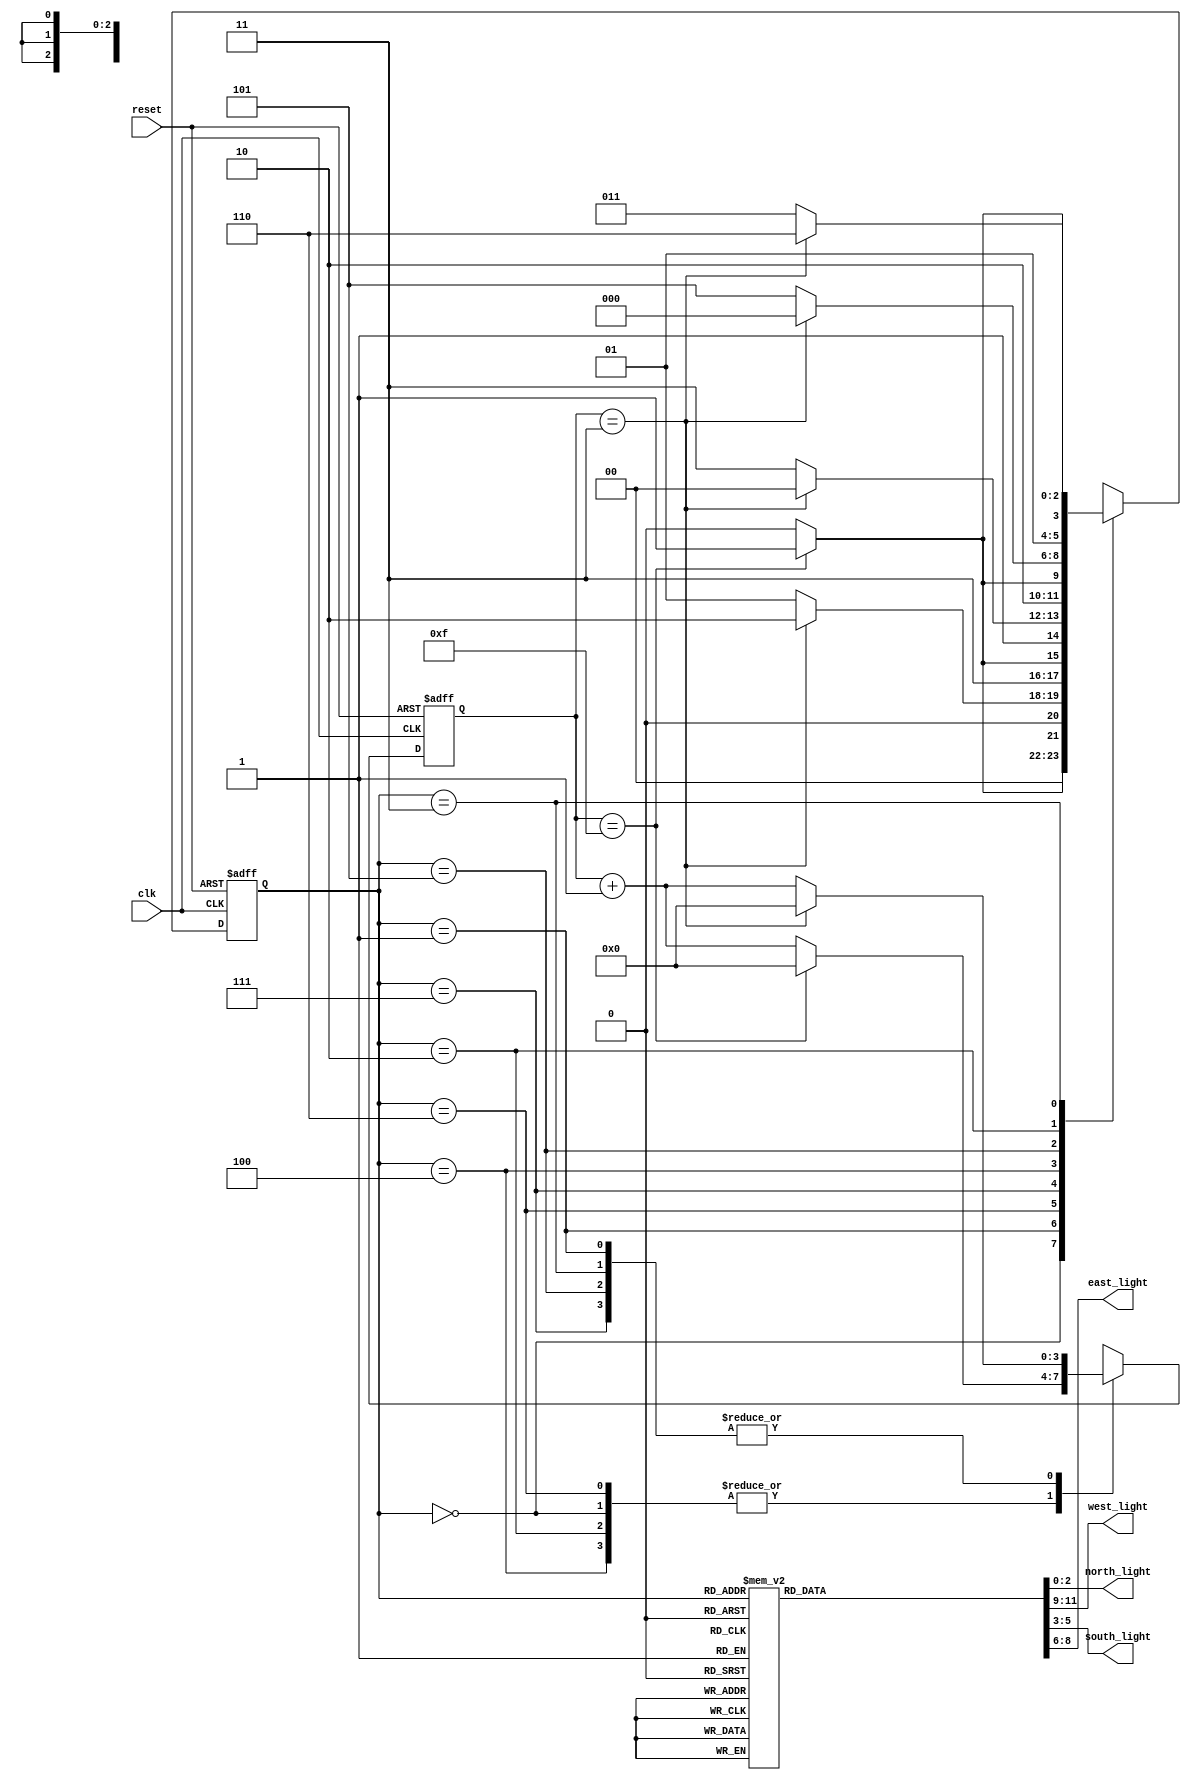
module Traffic_sys(north_light,west_light,south_light,east_light,clk,reset);

   output reg [2:0] north_light,west_light,south_light,east_light; 
   input      clk;
   input      reset;
 
   reg [2:0] state;
 
   parameter [2:0] north=3'b000, north_yellow=3'b001, west=3'b010, west_yellow=3'b011, 
   east=3'b100, east_yellow=3'b101, south=3'b110, south_yellow=3'b111;

   reg [3:0] count;
 
   always @(posedge clk, posedge reset)
     begin
        if (reset)
            begin
                state=north;
                count =3'b0000;
            end
        else
            begin
                case (state)
                north :
                    begin
                        if (count==4'b1111)
                            begin
                            count=4'b0000;
                            state=north_yellow;
                            end
                        else
                            begin
                            count=count+4'b0001;
                            state=north;
                            end
                    end

                north_yellow :
                    begin
                        if (count==4'b0011)
                            begin
                            count=4'b0000;
                            state=west;
                            end
                        else
                            begin
                            count=count+4'b0001;
                            state=north_yellow;
                        end
                    end

               south :
                    begin
                        if (count==4'b1111)
                            begin
                            count=4'b0000;
                            state=south_yellow;
                            end
                        else
                            begin
                            count=count+4'b0001;
                            state=south;
                        end
                    end

            south_yellow :
                begin
                    if (count==4'b0011)
                        begin
                        count=4'b0000;
                        state=east;
                        end
                    else
                        begin
                        count=count+4'b0001;
                        state=south_yellow;
                        end
                    end

            east :
                begin
                    if (count==4'b1111)
                        begin
                        count=4'b0000;
                        state=east_yellow;
                        end
                    else
                        begin
                        count=count+4'b0001;
                        state=east;
                        end
                    end

            east_yellow :
                begin
                    if (count==4'b0011)
                        begin
                        count=4'b0000;
                        state=north;
                        end
                    else
                        begin
                        count=count+4'b0001;
                        state=east_yellow;
                        end
                    end

            west :
                begin
                    if (count==4'b1111)
                        begin
                        state=west_yellow;
                        count=4'b0000;
                        end
                    else
                        begin
                        count=count+4'b0001;
                        state=west;
                        end
                    end

            west_yellow :
                begin
                    if (count==4'b0011)
                        begin
                        state=south;
                        count=3'b0000;
                        end
                    else
                        begin
                        count=count+4'b0001;
                        state=west_yellow;
                        end
                    end
            endcase // case (state)
        end // always @ (state)
    end 


always @(state)
     begin
         case (state)
            north:
                begin
                    north_light = 3'b001;
                    south_light = 3'b100;
                    east_light = 3'b100;
                    west_light = 3'b100;
                end 

            north_yellow :
                begin
                    north_light = 3'b010;
                    south_light = 3'b100;
                    east_light = 3'b100;
                    west_light = 3'b100;
                end 

            south :
                begin
                    north_light = 3'b100;
                    south_light = 3'b001;
                    east_light = 3'b100;
                    west_light = 3'b100;
                end 

            south_yellow :
                begin
                    north_light = 3'b100;
                    south_light = 3'b010;
                    east_light = 3'b100;
                    west_light = 3'b100;
                end 

            west :
                begin
                    north_light = 3'b100;
                    south_light = 3'b100;
                    east_light = 3'b100;
                    west_light = 3'b001;
                end 

            west_yellow :
                begin
                    north_light = 3'b100;
                    south_light = 3'b100;
                    east_light = 3'b100;
                    west_light = 3'b010;
                end 

            east :
                begin
                    north_light = 3'b100;
                    south_light = 3'b100;
                    east_light = 3'b001;
                    west_light = 3'b100;
                end 

            east_yellow :
                begin
                    north_light = 3'b100;
                    south_light = 3'b100;
                    east_light = 3'b010;
                    west_light = 3'b100;
                end 
            endcase 
     end 
endmodule